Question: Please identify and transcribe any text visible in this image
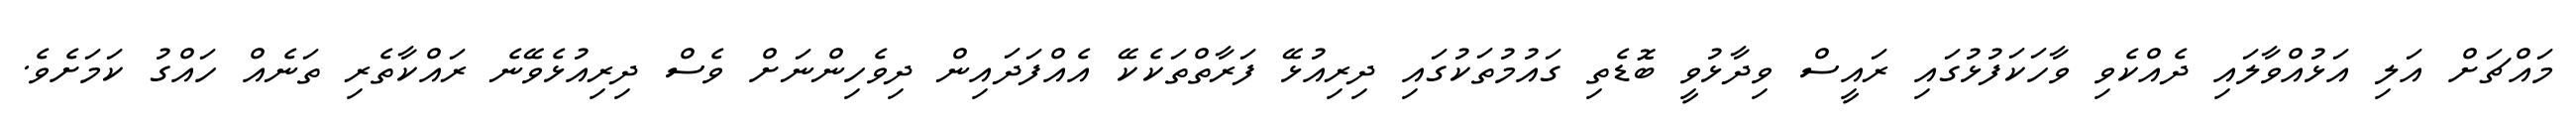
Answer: މައްޗަށް އަލި އަޅުއްވާލައި ދެއްކެވި ވާހަކަފުޅުގައި ރައީސް ވިދާޅުވީ ބޮޑެތި ގައުމުތަކުގައި ދިރިއުޅޭ ފަރާތްތަކެކޭ އެއްފަދައިން ދިވެހިންނަށް ވެސް ދިރިއުޅެވޭނެ ރައްކާތެރި ތަނެއް ހައްގު ކަމަށެވެ.